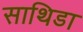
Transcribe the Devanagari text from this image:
साथिडा